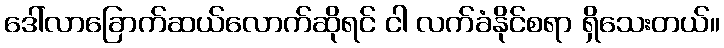
ဒေါ်လာခြောက်ဆယ်လောက်ဆိုရင် ငါ လက်ခံနိုင်စရာ ရှိသေးတယ်။